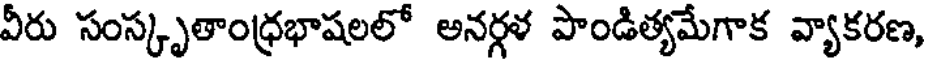
వీరు సంస్కృతాంధ్రభాషలలో అనర్గళ పాండిత్యమేగాక వ్యాకరణ,